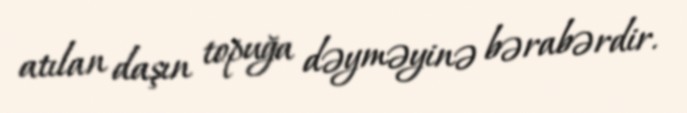
atılan daşın topuğa dəyməyinə bərabərdir.